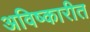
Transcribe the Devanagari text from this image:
अविष्कारीत